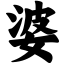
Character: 婆